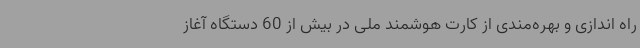
راه اندازی و بهره‌مندی از کارت هوشمند ملی در بیش از 60 دستگاه آغاز